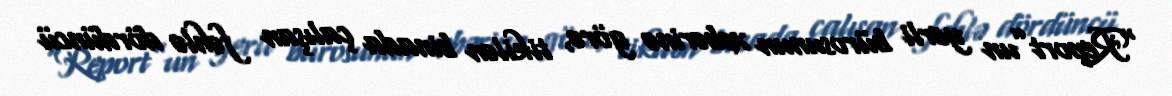
“Report”un yerli bürosunun xəbərinə görə, tikilən binada çalışan fəhlə dördüncü